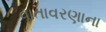
વાતાવરણાના